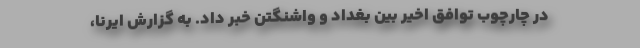
در چارچوب توافق اخیر بین بغداد و واشنگتن خبر داد. به گزارش ایرنا،